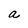
Character: a